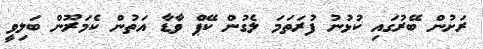
ރަށުން ބޭރުގައި ކުޅުނު ފުރަތަމަ ލެގުން ކޭޕް ވާޑާ އަތުން ކެމަރޫން ބަލިވީ